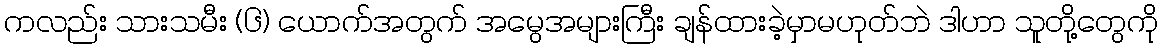
ကလည်း သားသမီး (၆) ယောက်အတွက် အမွေအများကြီး ချန်ထားခဲ့မှာမဟုတ်ဘဲ ဒါဟာ သူတို့တွေကို